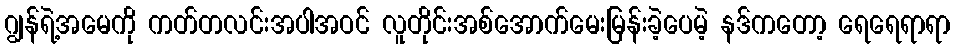
ဂျွန်ရဲ့အမေကို ကတ်တလင်းအပါအဝင် လူတိုင်းအစ်အောက်မေးမြန်းခဲ့ပေမဲ့ နဒ်ကတော့ ရေရေရာရာ